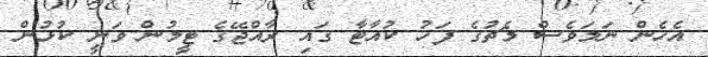
އެހެން ނަމަވެސް މެޗުގެ ފަހު ކުއާޓާ ގައި ރާއްޖޭގެ ޓީމުން ވަނީ ކުޅުން